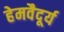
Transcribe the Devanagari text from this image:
हेमवैदूर्य